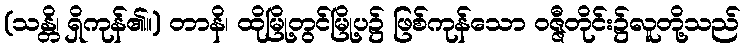
(သန္တိ၊ ရှိကုန်၏။) တာနိ၊ ထိုမြို့တွင်မြို့ပ၌ ဖြစ်ကုန်သော ဝဇ္ဇီတိုင်း၌လူတို့သည်